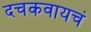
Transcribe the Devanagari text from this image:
दचकवायचं